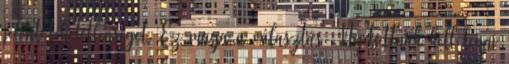
jelent tehetetlenséget. Ez maga a választás. Nyitottnak kell lenni